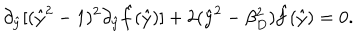
\partial _ { \hat { y } } [ ( \hat { y } ^ { 2 } - 1 ) ^ { 2 } \partial _ { \hat { y } } \hat { f } ( \hat { y } ) ] + 2 ( \hat { y } ^ { 2 } - \beta _ { D } ^ { 2 } ) \hat { f } ( \hat { y } ) = 0 .